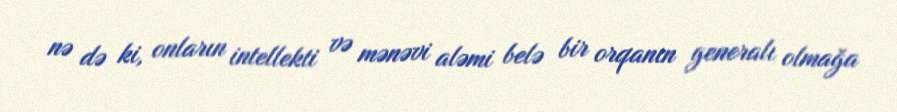
nə də ki, onların intellekti və mənəvi aləmi belə bir orqanın generalı olmağa